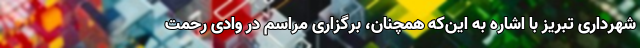
شهرداری تبریز با اشاره به این‌که همچنان، برگزاری مراسم در وادی رحمت